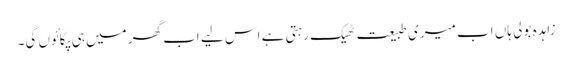
زاہدہ بولی ہاں اب میری طبیعت ٹھیک رہتی ہے اس لیے اب گھر میں ہی پکائوں گی۔